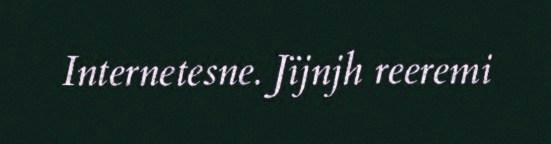
Internetesne. Jïjnjh reeremi